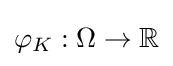
{\textstyle \varphi _{K}:\Omega \to \mathbb {R} }